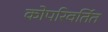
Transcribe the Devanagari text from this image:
कोपरिवर्तित